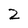
Character: 2